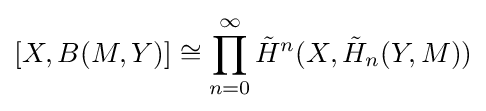
[X,B(M,Y)]\cong \prod _{n=0}^{\infty }{\tilde {H}}^{n}(X,{\tilde {H}}_{n}(Y,M))